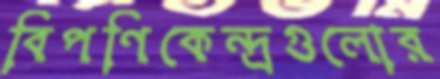
বিপণিকেন্দ্রগুলোর